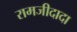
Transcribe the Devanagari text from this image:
रामजीदादा